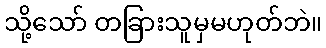
သို့သော် တခြားသူမှမဟုတ်ဘဲ။